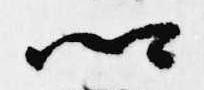
卿